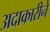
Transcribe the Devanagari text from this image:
अदाकारीने